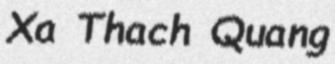
Xa Thach Quang